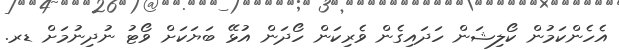
އެހެންކަމުން ކޯލިޝަން ހަދައިގެން ވެރިކަން ހޯދަން އުޅޭ ބަޔަކަށް ވޯޓު ނުދިނުމަށް ޑރ.